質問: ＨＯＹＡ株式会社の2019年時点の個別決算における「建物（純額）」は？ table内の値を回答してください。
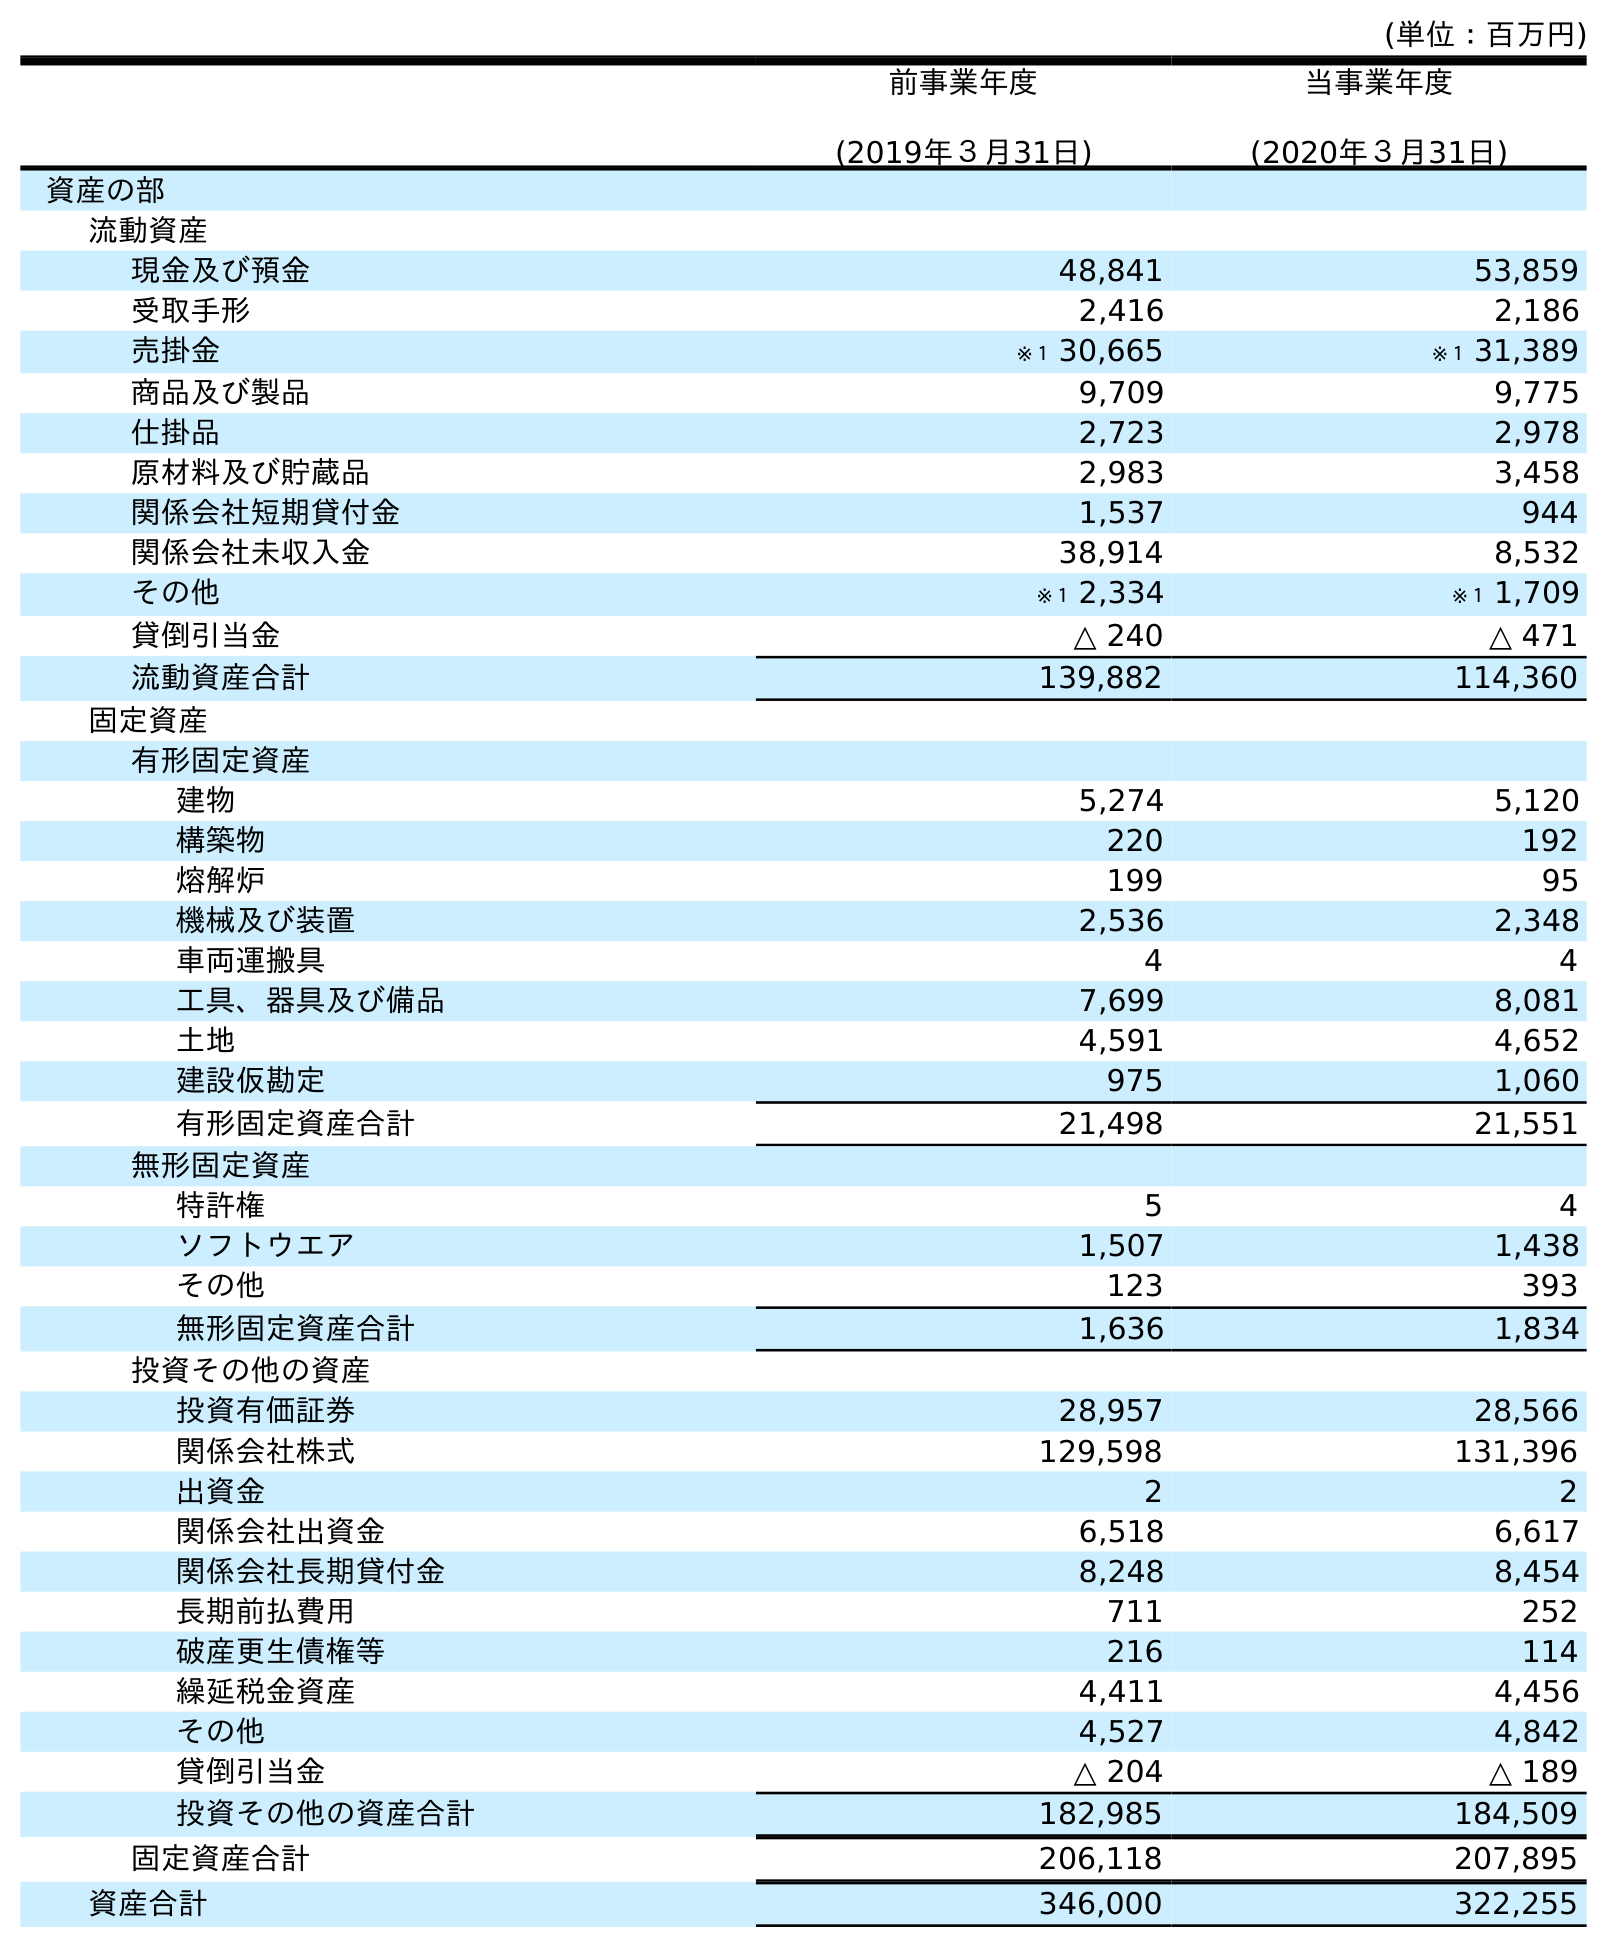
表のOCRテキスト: (単位：百万円) 前事業年度 (2019年３月31日) 当事業年度 (2020年３月31日) 資産の部 流動資産 現金及び預金 48,841 53,859 受取手形 2,416 2,186 売掛金 ※１ 30,665 ※１ 31,389 商品及び製品 9,709 9,775 仕掛品 2,723 2,978 原材料及び貯蔵品 2,983 3,458 関係会社短期貸付金 1,537 944 関係会社未収入金 38,914 8,532 その他 ※１ 2,334 ※１ 1,709 貸倒引当金 △ 240 △ 471 流動資産合計 139,882 114,360 固定資産 有形固定資産 建物 5,274 5,120 構築物 220 192 熔解炉 199 95 機械及び装置 2,536 2,348 車両運搬具 4 4 工具、器具及び備品 7,699 8,081 土地 4,591 4,652 建設仮勘定 975 1,060 有形固定資産合計 21,498 21,551 無形固定資産 特許権 5 4 ソフトウエア 1,507 1,438 その他 123 393 無形固定資産合計 1,636 1,834 投資その他の資産 投資有価証券 28,957 28,566 関係会社株式 129,598 131,396 出資金 2 2 関係会社出資金 6,518 6,617 関係会社長期貸付金 8,248 8,454 長期前払費用 711 252 破産更生債権等 216 114 繰延税金資産 4,411 4,456 その他 4,527 4,842 貸倒引当金 △ 204 △ 189 投資その他の資産合計 182,985 184,509 固定資産合計 206,118 207,895 資産合計 346,000 322,255
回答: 5,274